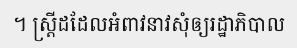
។ ស្ត្រីដដែលអំពាវនាវសុំឲ្យរដ្ឋាភិបាល